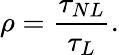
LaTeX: \rho=\frac{\tau_{NL}}{\tau_{L}}.